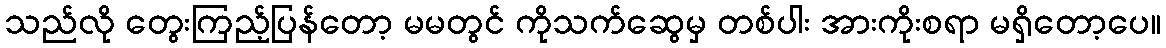
သည်လို တွေးကြည့်ပြန်တော့ မမတွင် ကိုသက်ဆွေမှ တစ်ပါး အားကိုးစရာ မရှိတော့ပေ။